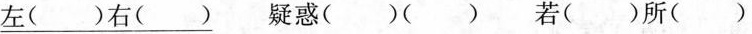
\underline{左()右()} 疑惑()() 若()所()